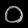
Digit: ၀